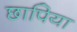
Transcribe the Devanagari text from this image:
छापिया